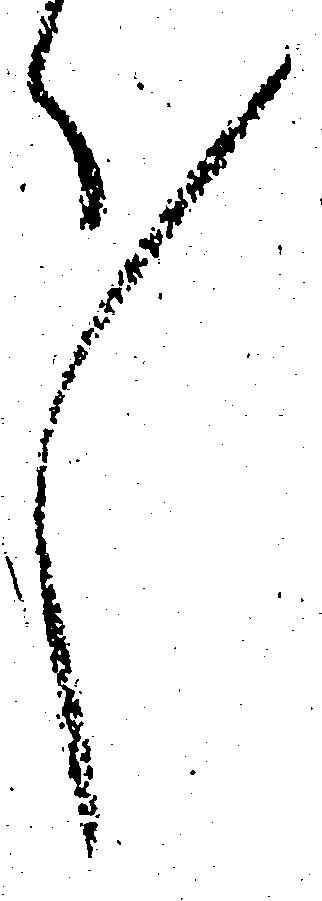
々